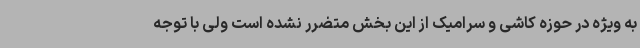
به ویژه در حوزه کاشی و سرامیک از این بخش متضرر نشده است ولی با توجه